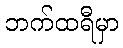
ဘက်ထရီမှာ